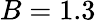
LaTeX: B=1.3